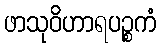
ဖာသုဝိဟာရပဉ္စကံ